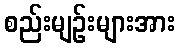
စည်းမျဉ်းများအား